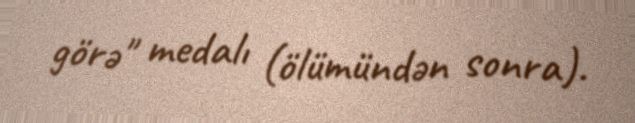
görə" medalı (ölümündən sonra).